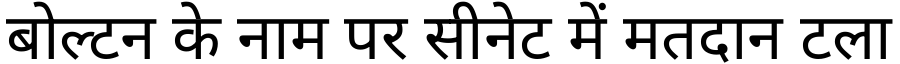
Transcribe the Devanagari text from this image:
बोल्टन के नाम पर सीनेट में मतदान टला